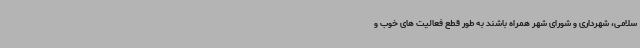
سلامی، شهرداری و شورای شهر همراه باشند به طور قطع فعالیت های خوب و